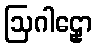
ဩဂါဠှော